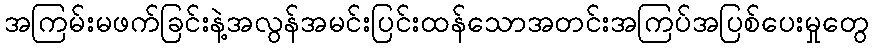
အကြမ်းမဖက်ခြင်းနဲ့အလွန်အမင်းပြင်းထန်သောအတင်းအကြပ်အပြစ်ပေးမှုတွေ